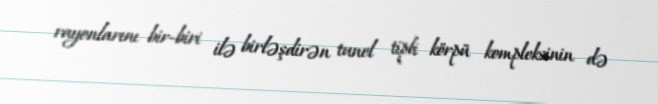
rayonlarını bir-biri ilə birləşdirən tunel tipli körpü kompleksinin də